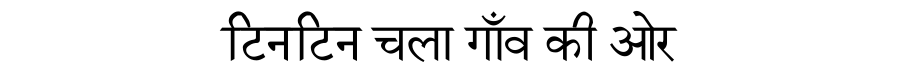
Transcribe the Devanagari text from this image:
टिनटिन चला गाँव की ओर